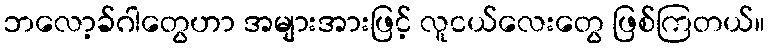
ဘလော့ခ်ဂါတွေဟာ အများအားဖြင့် လူငယ်လေးတွေ ဖြစ်ကြတယ်။